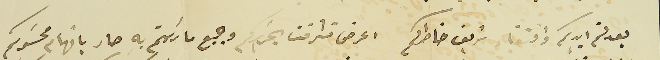
بعد لثم ايديكم واذن شريف خاطركم اعرض تشرفت بتحريركم وجميع ما رايتم به صار باتهام محسوبكم